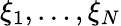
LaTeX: \xi_{1},\dots,\xi_{N}